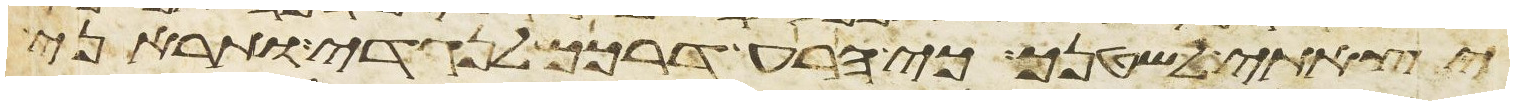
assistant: יצאתי לשטנך כי הרע דרכך לנגדי ותראני